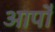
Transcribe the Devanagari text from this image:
आपो॑